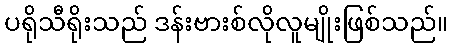
ပရိုသီရိုးသည် ဒန်းဗားစ်လိုလူမျိုးဖြစ်သည်။